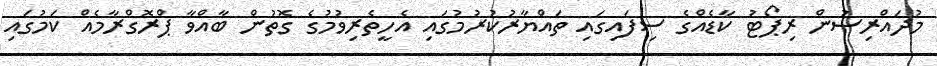
މުދައްރިސުން ރިޕޯޓު ކާޑެއްގެ ސިފައިގައި ތައްޔާރުކުރުުމުގައި އެހީތެރިވުމުގެ ގޮތުން ބާއްވާ ޕްރޮގްރާމެއް ކަމުގައި